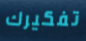
تفكيرك